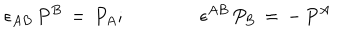
LaTeX: \epsilon _ { A B } \, P ^ { B } \, = \, P _ { A } ; \qquad \qquad \epsilon ^ { A B } \, P _ { B } \, = \, - \, P ^ { A }